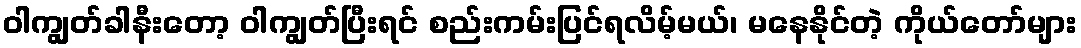
ဝါကျွတ်ခါနီးတော့ ဝါကျွတ်ပြီးရင် စည်းကမ်းပြင်ရလိမ့်မယ်၊ မနေနိုင်တဲ့ ကိုယ်တော်များ